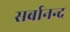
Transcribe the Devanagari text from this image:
सर्बानन्द